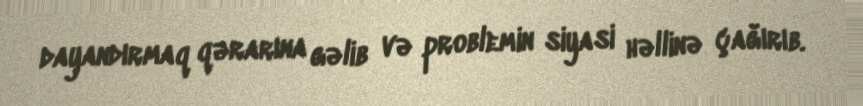
dayandırmaq qərarına gəlib və problemin siyasi həllinə çağırıb.